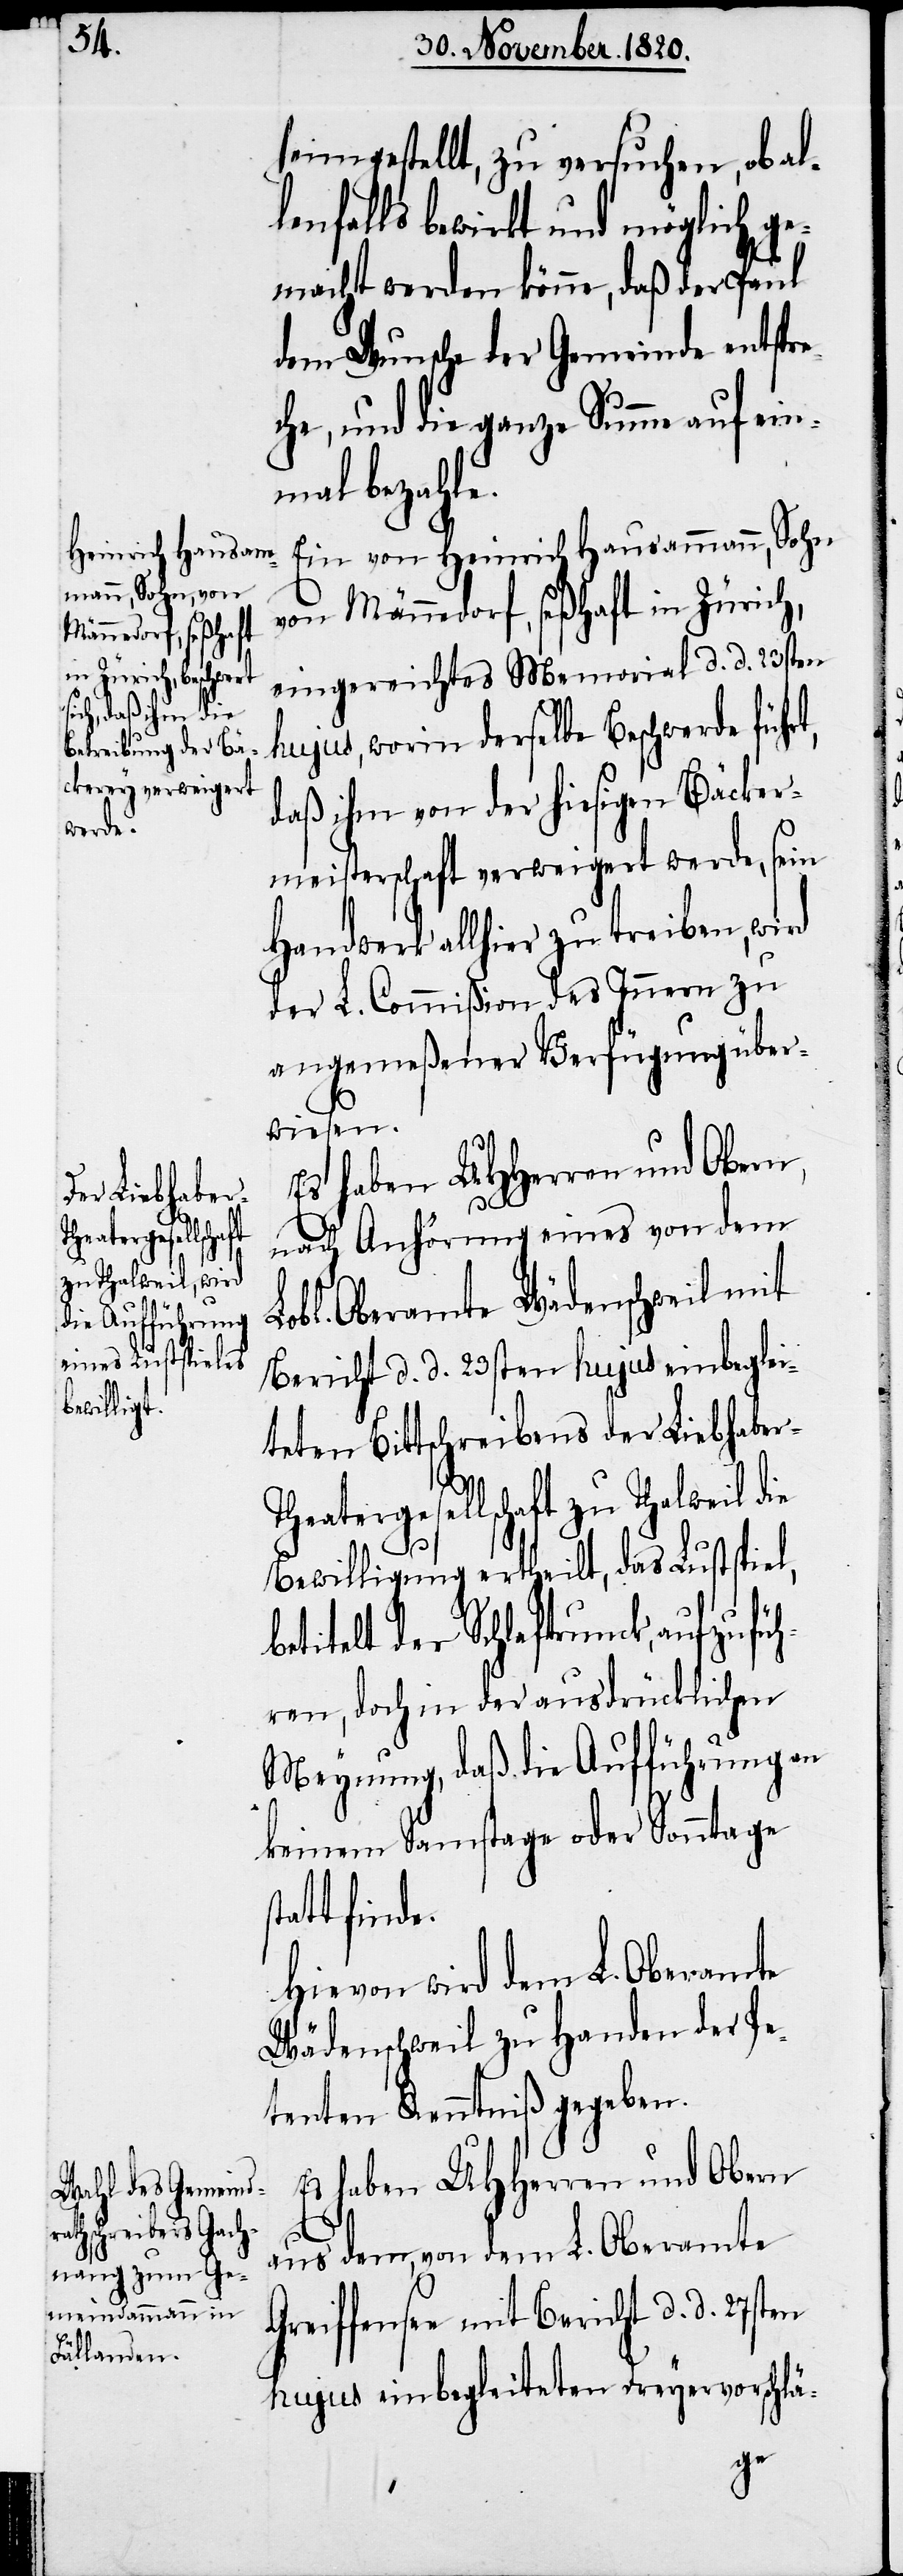
s¬
ellschaft
zu Thalweil die

heimgestellt, zu versuchen, ob al¬
lenfalls bewirkt und möglich ge¬
macht werden könne, daß der Paul
dem Wunsche der Gemeinde entspr¬
eche, und die ganze Summe auf ein¬
mal bezahle.
Ein von Heinrich Hausammann, Sohn
von Männedorf, seßhaft in Zürich,
eingereichtes Memorial d. d. 23sten
hujus, worin derselbe Beschwerde führt,
daß ihm von der hiesigen Bäcker¬
meisterschaft verweigert werde, sein
Handwerk allhier zu treiben, wird
der L. Commißion des Innern zu
angemeßener Verfügung über¬
wiesen.
Es haben UHHerren und Obern,
nach Anhörung eines von dem
bl. Oberamte Wädenschweil mit
Bericht d. d. 23sten hujus einbeglei¬
teten Bittschreibens der Liebhabe¬
Bewilligung ertheilt, das Lustspiel,
etitelt der Schlaftrunck, aufzufüh¬
ren, doch in der ausdrücklichen
Meynung, daß die Aufführung an
keinem Samstage oder Sonntage
tatt finde.
Hievon wird dem L. Oberamte
Wädenschweil zu Handen der Pe¬
tenten Kenntniß gegeben.
Es haben UHHerren und Obern
aus dem, von dem L. Oberamte
Greiffensee mit Bericht d. d. 27sten
hujus einbegleiteten Dreyervorschlä-